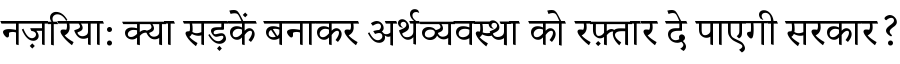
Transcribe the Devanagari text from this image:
नज़रिया: क्या सड़कें बनाकर अर्थव्यवस्था को रफ़्तार दे पाएगी सरकार?